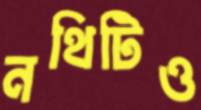
নথিটিও